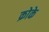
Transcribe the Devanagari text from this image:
क्रोके